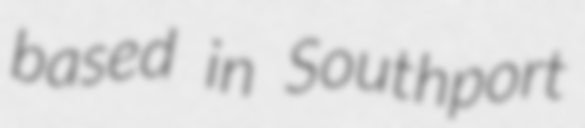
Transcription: based in Southport